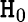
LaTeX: \mathtt{H}_{0}